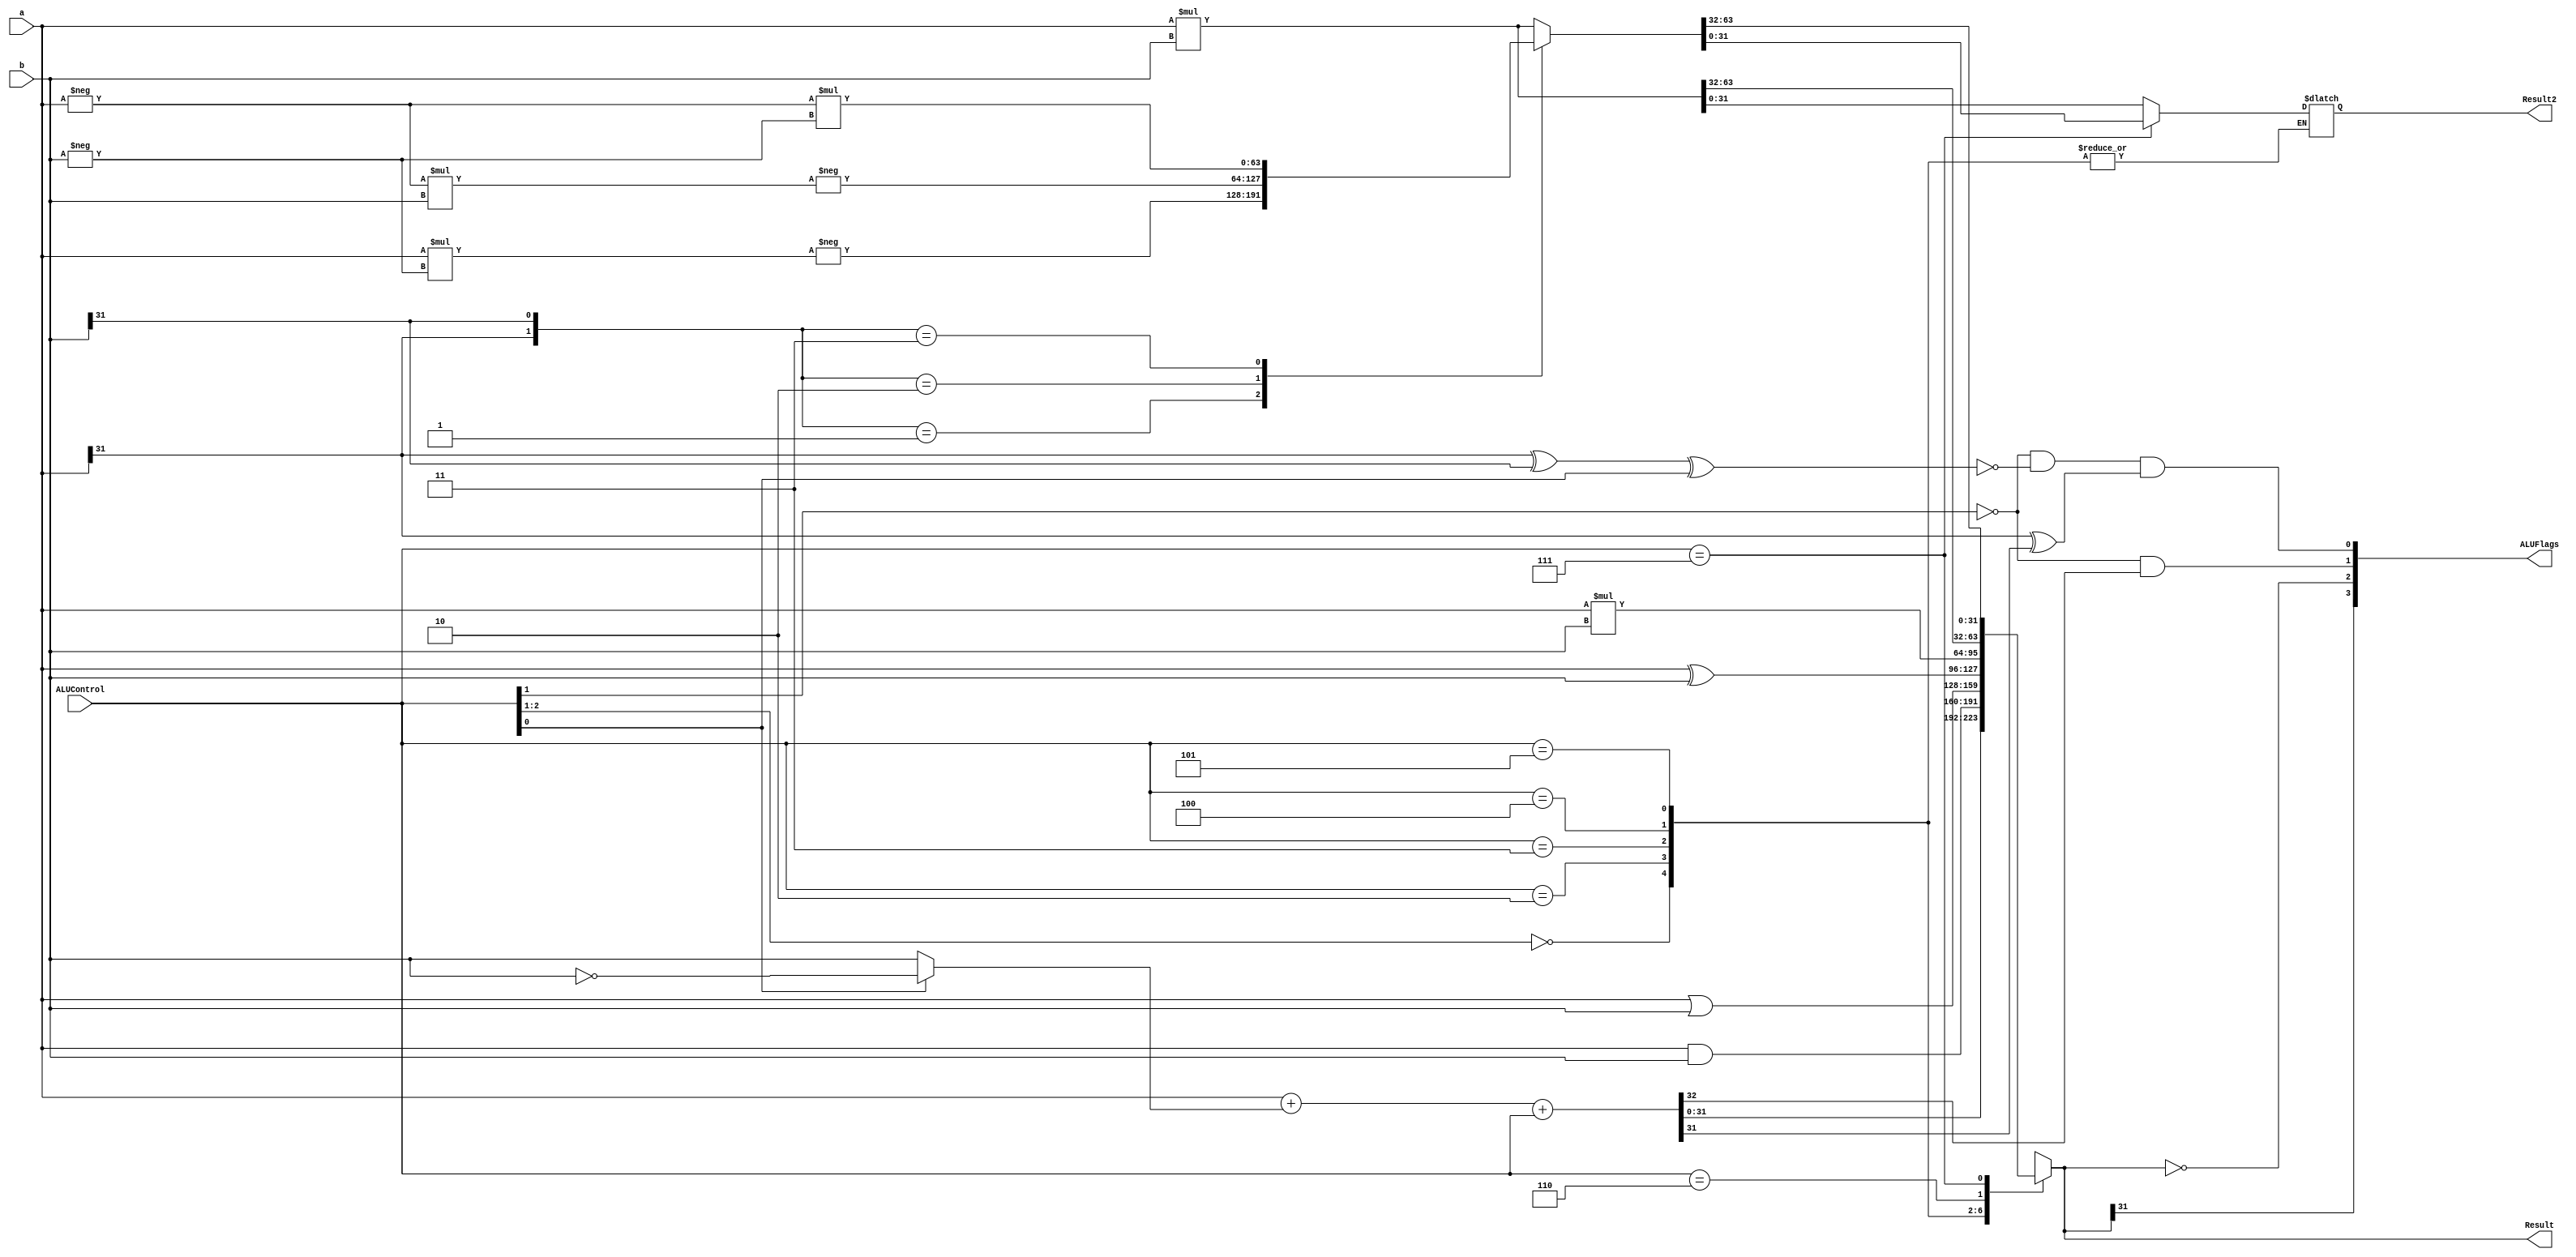
// 32 bit ALU for ARM processor
module alu (input [31:0] a, 
            input[31:0] b, 
            input [2:0] ALUControl,
            output reg [31:0] Result,   // low
            output reg [31:0] Result2,  // high
            output wire [3:0] ALUFlags);
    
    wire negative; 
    wire zero;
    wire carry;
    wire overflow;
    wire [31:0] condinvb;
    wire [32:0] sum;
    assign condinvb = ALUControl[0] ? ~b : b;
    assign sum = a + condinvb + ALUControl;

    always @(*) begin
        casex (ALUControl[2:0]) 
            3'b00?: Result = sum;       // ADD, SUB
            3'b010: Result = a & b;     // AND
            3'b011: Result = a | b;     // OR
            3'b100: Result = a ^ b;     // EOR
            3'b101: Result = a * b;     // MULL
            3'b110: {Result, Result2} = a * b; // UMULL agregamos un registro adicional para el desbordamiento
            3'b111: // SMULL
            case({a[31],b[31]}) //Definimos la logica del SMULL segun
                2'b00: {Result,Result2} = a*b;        //cuando los 2 son positivos y un registro para el desbordamiento
                2'b01: {Result,Result2} =-((a)*-(b)); // cuando la segunda instruccion es negativa y un registro para el desbordamiento
                2'b10: {Result,Result2} =-(-(a)*(b)); //cuando la primera instruccion es negativo y un registro para el desbordamiento
                2'b11: {Result,Result2} = -(a) * -(b);//cuando las 2 instrucciones son negativos y un registro para el desbordamiento
            endcase
        endcase
    end
        

    assign negative = Result[31];
    assign zero = (Result == 32'b0);
    assign carry = (ALUControl[1]==1'b0) & sum[32];
    assign overflow = (ALUControl[1]==1'b0) & ~(a[31] ^ b[31] ^ ALUControl[0]) & (a[31] ^ sum[31]);
    assign ALUFlags = {negative, zero, carry, overflow};
endmodule